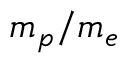
{ m } _ { p } / { m } _ { e }